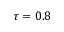
\tau = 0 . 8